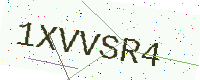
Text: 1XVVSR4